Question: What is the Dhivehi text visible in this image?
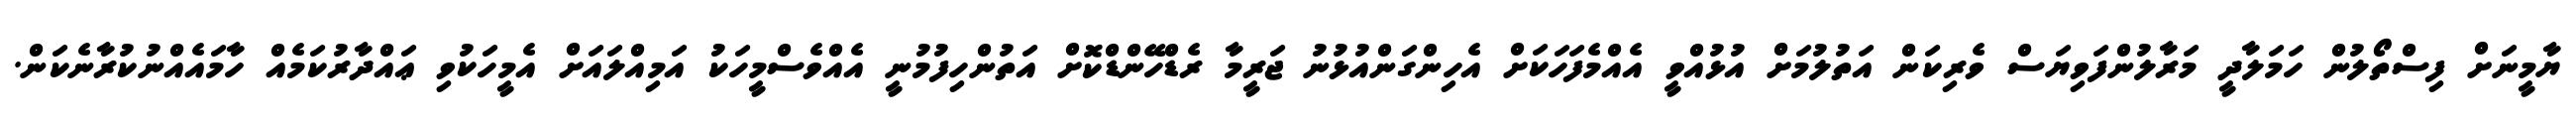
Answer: ޔާމީނަށް ފިސްތޯލުން ހަމަލާދީ މަރާލުންފަވިޔަސް ވެރިކަން އަތުލުމަށް އުޅުއްވީ އެއްމެފަހަކަށް އެހިންގަންއުޅުނު ޖަރީމާ ރެޑްހޭންޑްކޮށް އަތުންހިފުމުނީ އެއްވެސްމީހަކު އަމިއްލައަށް އެމީހަކުވި ޢައްދާރުކަމެއް ހާމައެއްނުކުރާނެކަން.